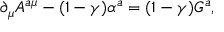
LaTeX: \partial _ { \mu } A ^ { a \mu } - ( 1 - \gamma ) \alpha ^ { a } = ( 1 - \gamma ) G ^ { a } ,